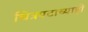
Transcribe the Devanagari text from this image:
चित्रपटाच्याही